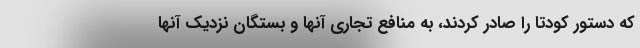
که دستور کودتا را صادر کردند، به منافع تجاری آنها و بستگان نزدیک آنها